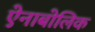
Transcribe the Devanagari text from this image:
ऐनाबोलिक